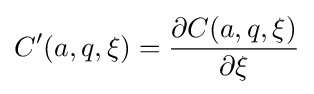
C^{\prime }(a,q,\xi )={\frac {\partial C(a,q,\xi )}{\partial \xi }}